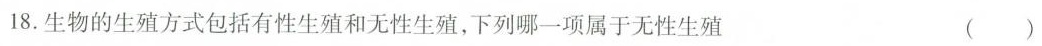
18.生物的生殖方式包括有性生殖和无性生殖，下列哪一项属于无性生殖 ()